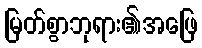
မြတ်စွာဘုရား၏အဖြေ